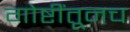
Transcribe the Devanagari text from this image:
गोष्टींतूनच